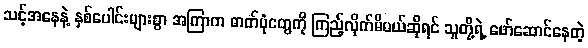
သင့်အနေနဲ့ နှစ်ပေါင်းများစွာ အကြာက ဓာတ်ပုံတွေကို ကြည့်လိုက်မိမယ်ဆိုရင် သူတို့ရဲ့ ဖော်ဆောင်နေတဲ့